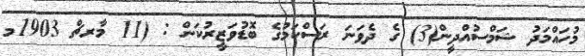
މުހައްމަދު ޝަމްސުއްދީން(3) ގެ ދެވަނަ ރަސްކަމުގެ ބޮޑުވަޒީރުކަން : (11 މާރޗް 1903މ